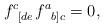
LaTeX: \begin{align*}f_{\;\;\left[ de\right. }^{c}f_{\;\;\left. b\right] c}^{a}=0, \end{align*}